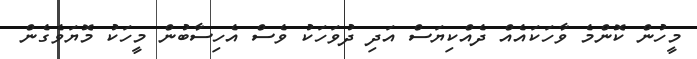
މީހުން ކޮންމެ ވާހަކައެއް ދެއްކިޔަސް އަދި ދުވަހަކު ވެސް އެހިސާބުން މީހަކު މޮޔަވެގެން